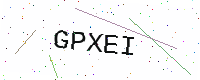
Text: GPXEI